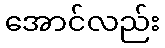
အောင်လည်း